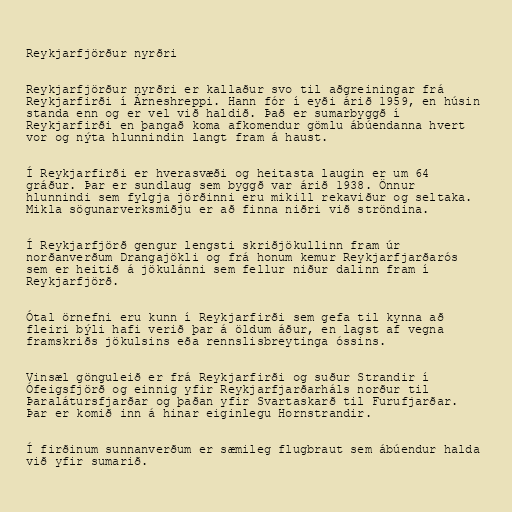
Reykjarfjörður nyrðri

Reykjarfjörður nyrðri er kallaður svo til aðgreiningar frá
Reykjarfirði í Árneshreppi. Hann fór í eyði árið 1959, en húsin
standa enn og er vel við haldið. Það er sumarbyggð í
Reykjarfirði en þangað koma afkomendur gömlu ábúendanna hvert
vor og nýta hlunnindin langt fram á haust.

Í Reykjarfirði er hverasvæði og heitasta laugin er um 64
gráður. Þar er sundlaug sem byggð var árið 1938. Önnur
hlunnindi sem fylgja jörðinni eru mikill rekaviður og seltaka.
Mikla sögunarverksmiðju er að finna niðri við ströndina.

Í Reykjarfjörð gengur lengsti skriðjökullinn fram úr
norðanverðum Drangajökli og frá honum kemur Reykjarfjarðarós
sem er heitið á jökulánni sem fellur niður dalinn fram í
Reykjarfjörð.

Ótal örnefni eru kunn í Reykjarfirði sem gefa til kynna að
fleiri býli hafi verið þar á öldum áður, en lagst af vegna
framskriðs jökulsins eða rennslisbreytinga óssins.

Vinsæl gönguleið er frá Reykjarfirði og suður Strandir í
Ófeigsfjörð og einnig yfir Reykjarfjarðarháls norður til
Þaralátursfjarðar og þaðan yfir Svartaskarð til Furufjarðar.
Þar er komið inn á hinar eiginlegu Hornstrandir.

Í firðinum sunnanverðum er sæmileg flugbraut sem ábúendur halda
við yfir sumarið.